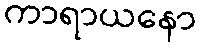
ကာရာယနော